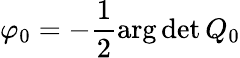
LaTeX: \varphi_{0}=-\frac{1}{2}\arg\operatorname*{det}Q_{0}